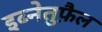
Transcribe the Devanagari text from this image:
इब्नेतुफ़ैल